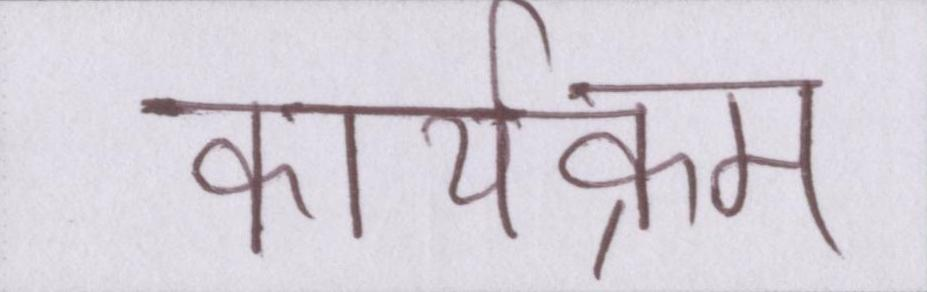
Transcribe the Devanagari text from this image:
कार्यक्रम